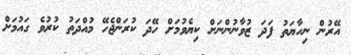
އޭރުން ނިހާޔަތު ފަދަ ޒުވާނުންނަށް ކިޔެވުމަށް ހޭދަ ކުރަންޖެހޭ މުއްދަތު ކުރުވެ ގައުމަށް